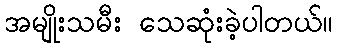
အမျိုးသမီး သေဆုံးခဲ့ပါတယ်။